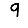
Digit: 9